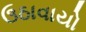
ઉઠાવાયો